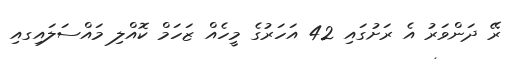
ރޭ ދަންވަރު އެ ރަށުގައި 42 އަހަރުގެ މީހެއް ޒަހަމް ކޮއްލި މައްސަލައިގއި